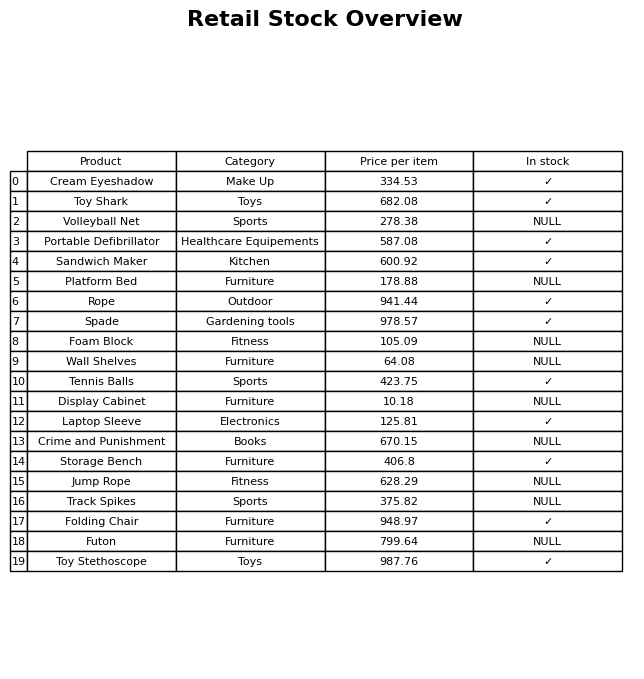
question: Which products are currently out of stock?
answer: Volleyball Net, Platform Bed, Foam Block, Wall Shelves, Display Cabinet, Crime and Punishment, Jump Rope, Track Spikes, Futon